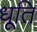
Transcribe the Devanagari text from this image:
धूति